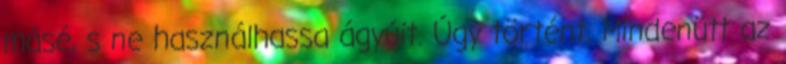
másé, s ne használhassa ágyúit. Úgy történt. Mindenütt az